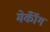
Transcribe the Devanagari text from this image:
मेकॉँग